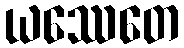
ယဿေတေ